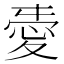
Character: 𢜤